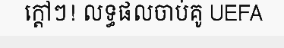
ក្តៅៗ! លទ្ធផលចាប់គូ UEFA